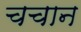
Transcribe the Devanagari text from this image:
चचान